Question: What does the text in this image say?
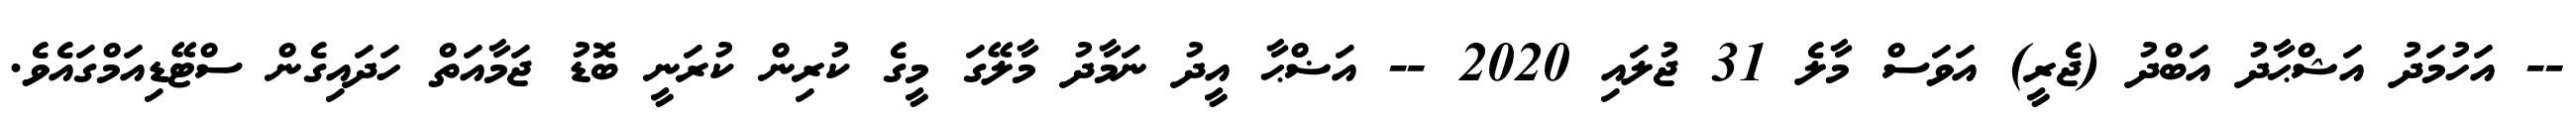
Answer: -- އަހުމަދު އަޝްޙާދު އަބްދު (ޖެރީ) އަވަސް މާލެ 31 ޖުލައި 2020 -- އަޟްޙާ އީދު ނަމާދު މާލޭގަ މީގެ ކުރިން ކުރަނީ ބޮޑު ޖަމާއަތް ހަދައިގެން ސްޓޭޑިއަމްގައެވެ.